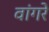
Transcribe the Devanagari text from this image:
वांगरे